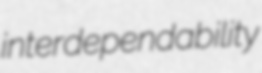
interdependability